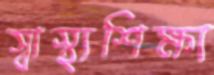
স্বাস্থ্যশিক্ষা